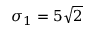
\sigma _ { 1 } = 5 \sqrt { 2 }